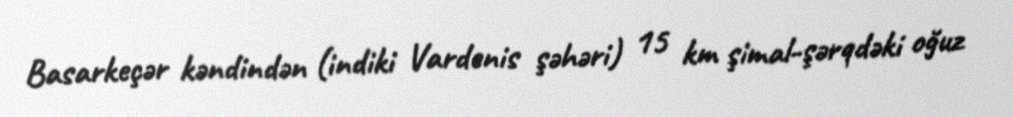
Basarkeçər kəndindən (indiki Vardenis şəhəri) 15 km şimal-şərqdəki oğuz